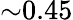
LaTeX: {\sim}0.45